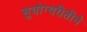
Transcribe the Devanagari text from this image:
सुयोग्यरीतीने